Annual report on the working of the lock hospitals in the Central Provinces
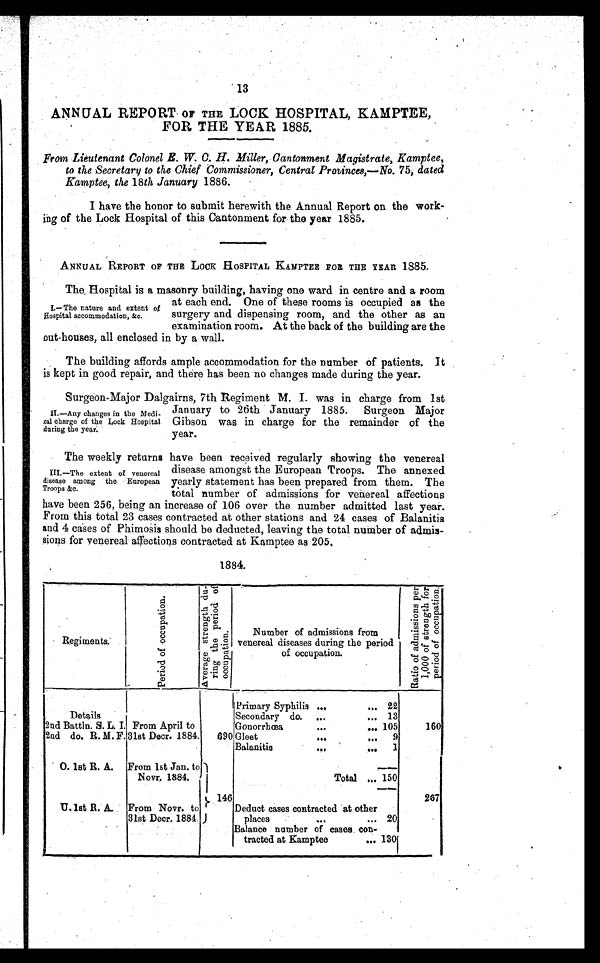
13
ANNUAL REPORT OF THE LOCK HOSPITAL, KAMPTEE,
FOR THE YEAR 1885.
From Lieutenant Colonel E. W. C. H. Miller, Cantonment Magistrate, Kamptee,
to the Secretary to the Chief Commissioner, Central Provinces,—No. 75, dated
Kamptee, the 18th January 1886.
I have the honor to submit herewith the Annual Report on the work-
ing of the Lock Hospital of this Cantonment for the year 1885.
ANNUAL REPORT OF THE LOCK HOSPITAL KAMPTEE FOR THE YEAR 1885.
The. Hospital is a masonry building, having one ward in centre and a room
at each end. One of these rooms is occupied as the
surgery and dispensing room, and the other as an
examination room. At the back of the building are the
out-houses, all enclosed in by a wall.
I.—The nature and extent of Hospital accomodation, &c.
The building affords ample accommodation for the number of patients. It
is kept in good repair, and there has been no changes made during the year.
Surgeon-Major Dalgairns, 7th Regiment M. I. was in charge from 1st
January to 26th January 1885. Surgeon Major
Gibson was in charge for the remainder of the
year.
II.—Any changes in the Medical charge of the Lock Hospital during the year.
The weekly returns have been received regularly showing the venereal
disease amongst the European Troops. The annexed
yearly statement has been prepared from them. The
total number of admissions for venereal affections
have been 256, being an increase of 106 over the number admitted last year.
From this total 23 cases contracted at other stations and 24 cases of Balanitis
and 4 cases of Phimosis should be deducted, leaving the total number of admis-
sions for venereal affections contracted at Kamptee as 205.
III.—The extent of veneral disease among the European Troops &c.
1884.
Regiments.
P e r i o d o f o c c u p a t i o n .
A v e r a g e s t r e n g t h d u - r i n g t h e p e r i o d o f o c c u p a t i o n .
Number of admissions from
venereal diseases during the period
of occupation.
R a t i o o f a d m i s s i o n s p e r 1 , 0 0 0 o f s t r e n g t h f o r p e r i o d o f o c c u p a t i o n .
Details
2nd Battln. S. L, I. From April to
31st Decr. 1884.
690
Primary Syphilis ...
... 22
160
Secondary do. ...
... 13
Gonorrhœa
...
... 105
2nd do. R. M. F.
Gleet
...
,..
9
Balanitis
...
...
1
O. 1st R. A. From 1st Jan. to
Novr. 1884.
1 4 6
Total .,. 150
267
Deduct cases contracted at other
places
...
... 20
From Novr. to
31st Decr, 1884.
U. 1st R. A.
Balance number of cases con-
tracted at Kamptee
...... 130